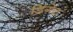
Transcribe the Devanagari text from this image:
डिंगेट